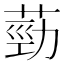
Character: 葝